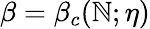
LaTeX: \beta=\beta_{c}(\mathbb{N};\eta)